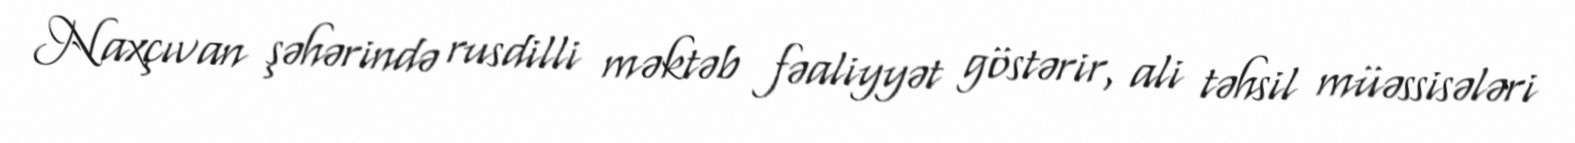
Naxçıvan şəhərində rusdilli məktəb fəaliyyət göstərir, ali təhsil müəssisələri